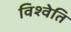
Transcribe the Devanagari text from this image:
विश्वेति